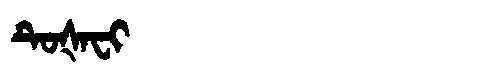
Manchu: ᡨᡠᡧᠠᠸᡳ
Romanization: TUŠAFI